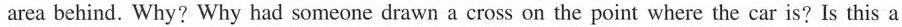
area behind. Why? Why had someone drawn a cross on the point where the car is? Is this a